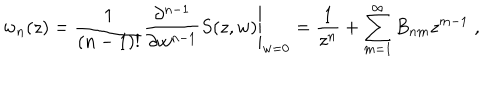
LaTeX: w _ { n } ( z ) = \left. \frac { 1 } { ( n - 1 ) ! } \frac { \partial ^ { n - 1 } } { \partial w ^ { n - 1 } } S ( z , w ) \right| _ { w = 0 } = \frac { 1 } { z ^ { n } } + \sum _ { m = 1 } ^ { \infty } B _ { n m } z ^ { m - 1 } \; ,